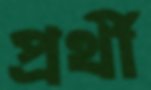
প্রর্থী